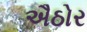
ઐઠોર